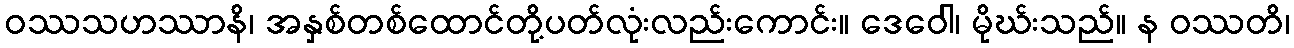
ဝဿသဟဿာနိ၊ အနှစ်တစ်ထောင်တို့ပတ်လုံးလည်းကောင်း။ ဒေဝေါ၊ မိုဃ်းသည်။ န ဝဿတိ၊